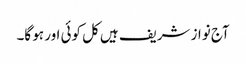
آج نواز شریف ہیں کل کوئی اور ہو گا۔